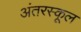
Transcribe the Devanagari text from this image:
अंतरस्कूल